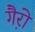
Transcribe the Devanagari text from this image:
गै़रो